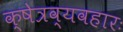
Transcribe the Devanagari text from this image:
क्षेत्रव्यवहारः